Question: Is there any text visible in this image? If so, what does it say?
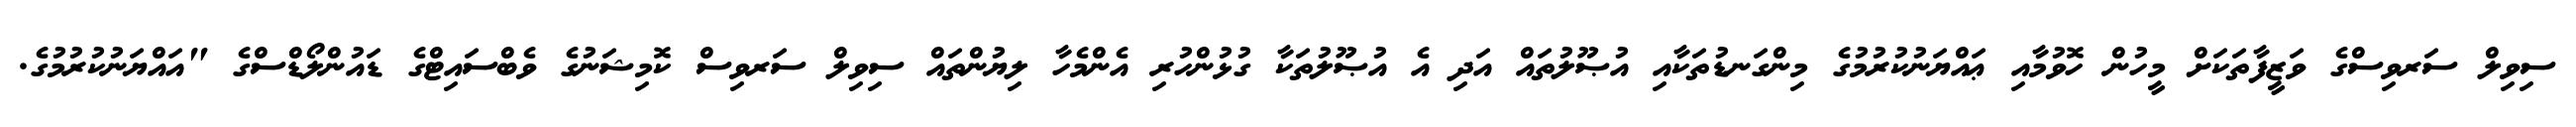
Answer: ސިވިލް ސަރވިސްގެ ވަޒީފާތަކަށް މީހުން ހޮވުމާއި ޢައްޔަނުކުރުމުގެ މިންގަނޑުތަކާއި އުޞޫލުތައް އަދި އެ އުޞޫލުތަކާ ގުޅުންހުރި އެންމެހާ ލިޔުންތައް ސިވިލް ސަރވިސް ކޮމިޝަނުގެ ވެބްސައިޓްގެ ޑައުންލޯޑްސްގެ "އައްޔަނުކުރުމުގެ.